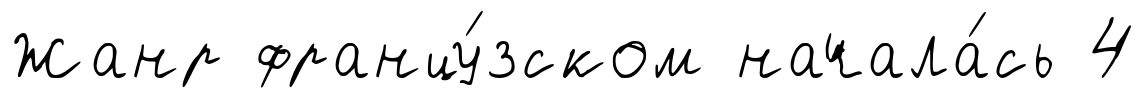
Жанр францу́зском начала́сь 4